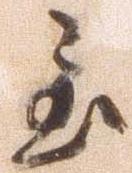
至